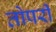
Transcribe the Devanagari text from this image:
तोपरी